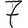
Digit: 7